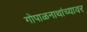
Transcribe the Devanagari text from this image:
गोपाळनाथांच्यावर